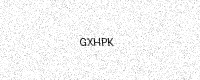
Text: GXHPK